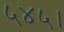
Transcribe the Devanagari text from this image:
५४५।